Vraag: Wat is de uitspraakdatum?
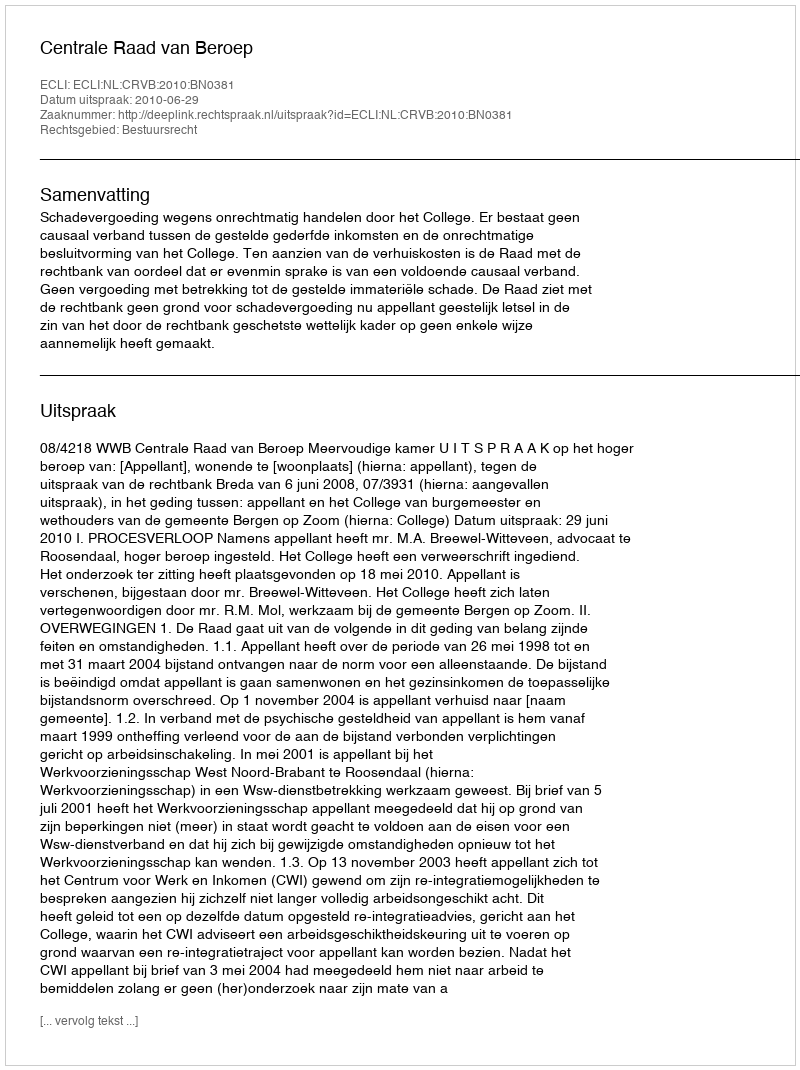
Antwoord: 2010-06-29